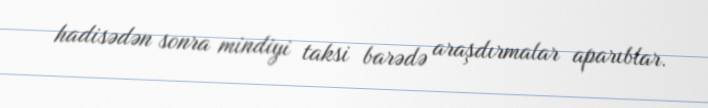
hadisədən sonra mindiyi taksi barədə araşdırmalar aparıblar.